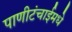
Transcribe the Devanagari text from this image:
पाणीटंचाईमधे